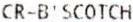
CR-B'SCOTCH